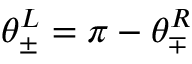
\theta _ { \pm } ^ { L } = \pi - \theta _ { \mp } ^ { R }